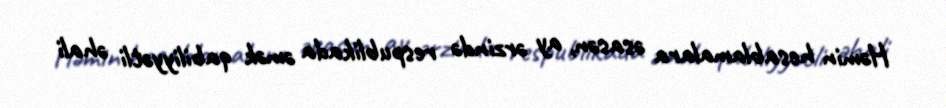
Həmin hesablamalara əsasən, ay ərzində respublikada əmək qabiliyyətli əhali